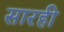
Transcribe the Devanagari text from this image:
सारही